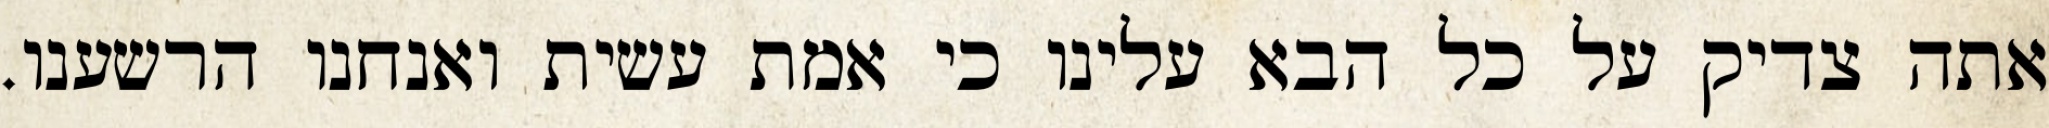
אתה צדיק על כל הבא עלינו כי אמת עשית ואנחנו הרשענו.